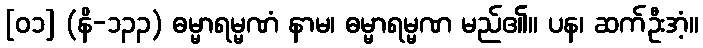
[၀၁] (နိ-၁၃၃) ဓမ္မာရမ္မဏံ နာမ၊ ဓမ္မာရမ္မဏ မည်၏။ ပန၊ ဆက်ဦးအံ့။